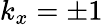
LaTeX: k_{x}=\pm 1